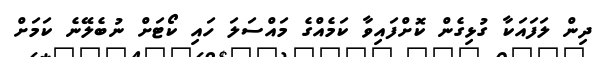
ދިން ލަފައަކާ ގުޅިގެން ކޮށްފައިވާ ކަމެއްގެ މައްސަލަ ހައި ކޯޓަށް ނުބެލޭނެ ކަމަށް